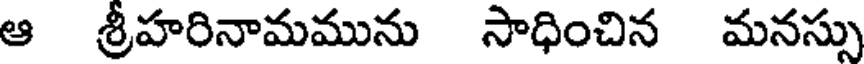
ఆ శ్రీహరినామమును సాధించిన మనస్సు